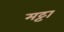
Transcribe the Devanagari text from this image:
मट्टा